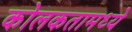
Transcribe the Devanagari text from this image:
कोलकतामध्ये